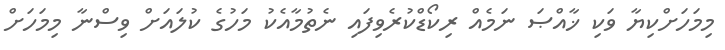
މިމަހަށްކިޔާ ވަކި ޚާއްޞަ ނަމެއް ރިކޯޑްކުރެވިފައި ނެތުމާއެކު މަހުގެ ކުލައަށް ވިސްނާ މިމަހަށް